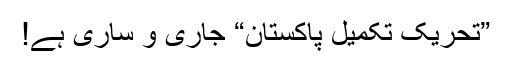
”تحریکِ تکمیلِ پاکستان“ جاری و ساری ہے!